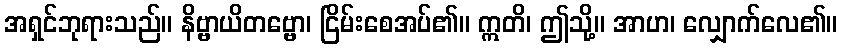
အရှင်ဘုရားသည်။ နိဗ္ဗာယိတဗ္ဗော၊ ငြိမ်းစေအပ်၏။ ဣတိ၊ ဤသို့။ အာဟ၊ လျှောက်လေ၏။